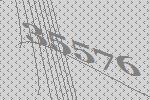
35576